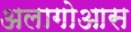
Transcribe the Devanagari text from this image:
अलागोआस